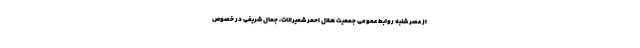
از عصر شنبه روابط عمومی جمعیت هلال احمر شمیرانات، جمال شریفی در خصوص